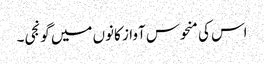
اس کی منحوس آواز کانوں میں گونجی۔